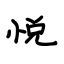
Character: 悦